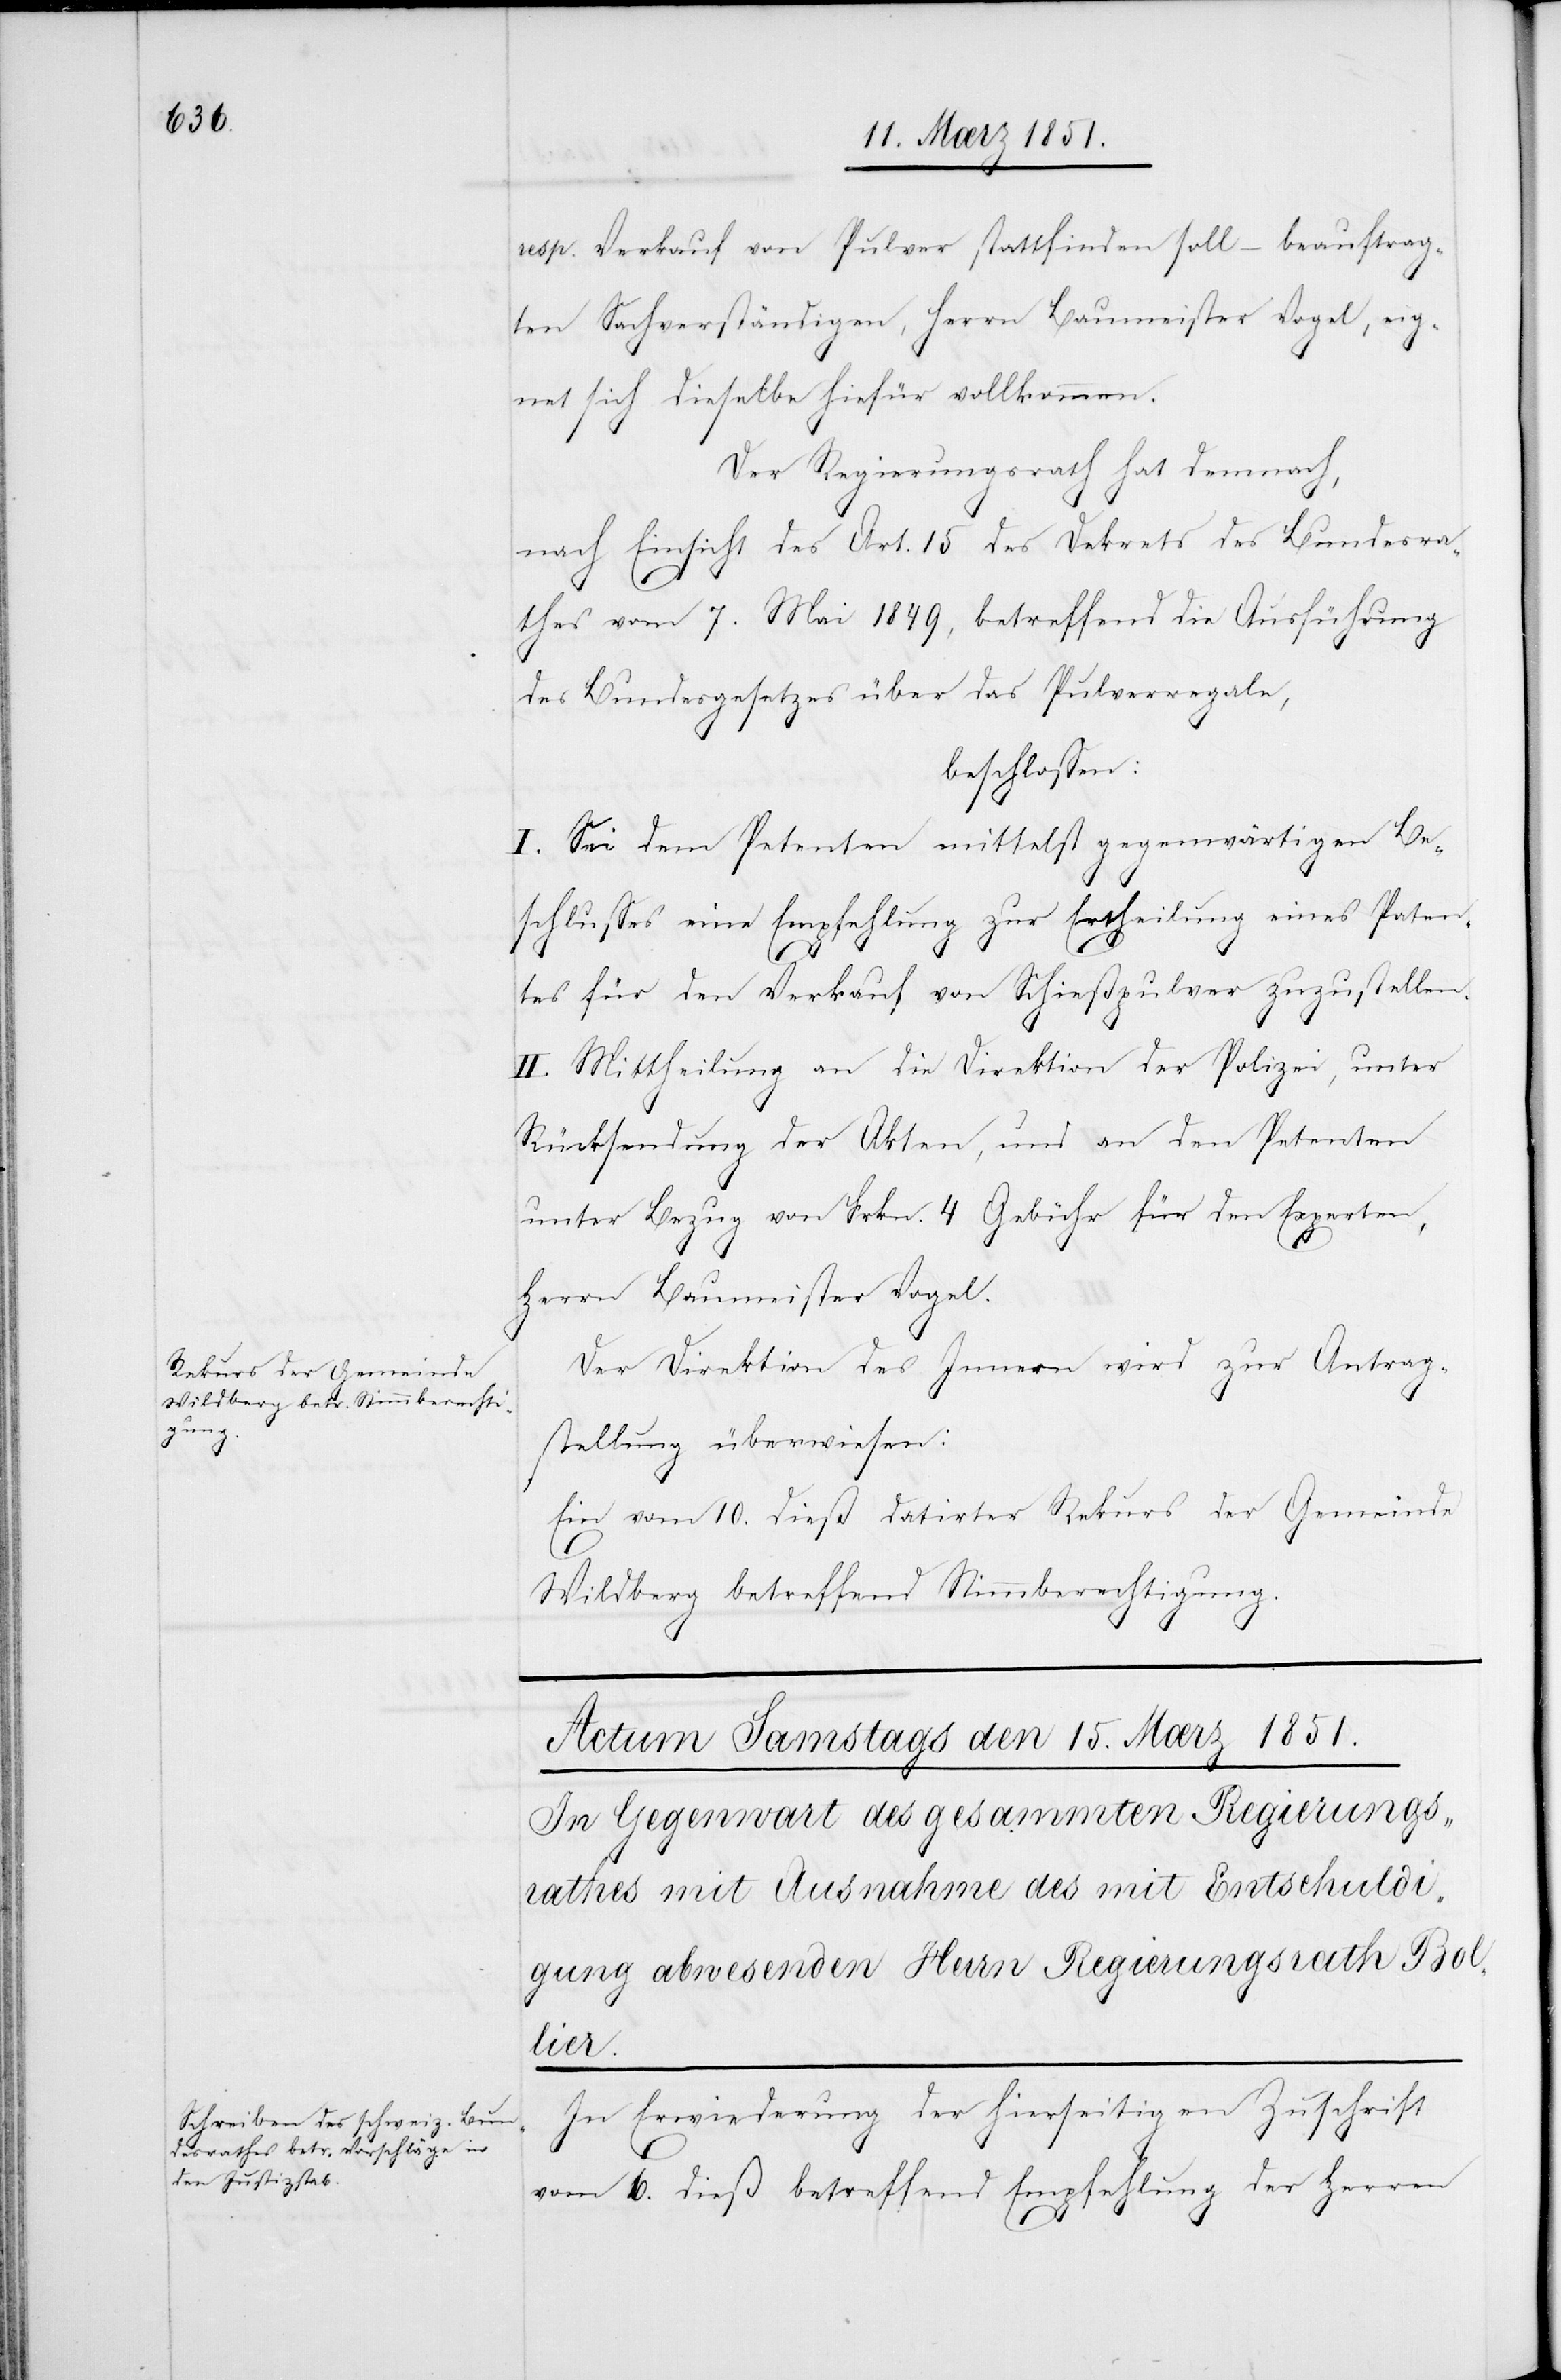
resp. Verkauf von Pulver stattfinden soll – beauftrag¬
ten Sachverständigen, Herrn Baumeister Vogel, eig¬
net sich dieselbe hiefür vollkommen.
Der Regierungsrath hat demnach,
nach Einsicht des Art. 15 des Dekrets des Bundesra¬
thes vom 7. Mai 1849, betreffend die Ausführung
des Bundesgesetzes über das Pulverregale,
beschlossen:
I. Sei dem Petenten mittelst gegenwärtigen Be¬
schlusses eine Empfehlung zur Ertheilung eines Paten¬
13.
tes für den Verkauf von Schießpulver zuzustellen.
II. Mittheilung an die Direktion der Polizei, unter
Rücksendung der Akten, und an den Petenten
unter Bezug von Frkn. 4 Gebühr für den Experten,
Herrn Baumeister Vogel.
Der Direktion des Innern wird zur Antrag¬
stellung überwiesen:
Ein vom 10. dieß datirter Rekurs der Gemeinde
Wildberg betreffend Stimmberechtigung.
In Erwiederung der hierseitigen Zuschrift
vom 6. dieß betreffend Empfehlung der Herren